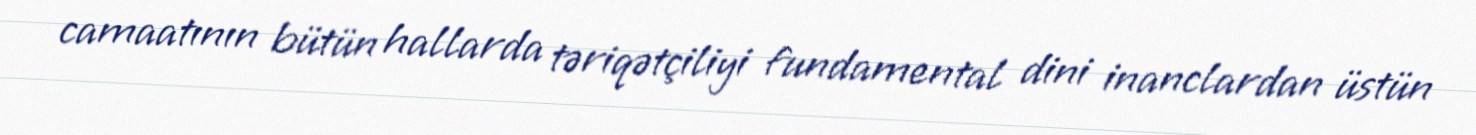
camaatının bütün hallarda təriqətçiliyi fundamental dini inanclardan üstün